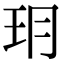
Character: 𤣽